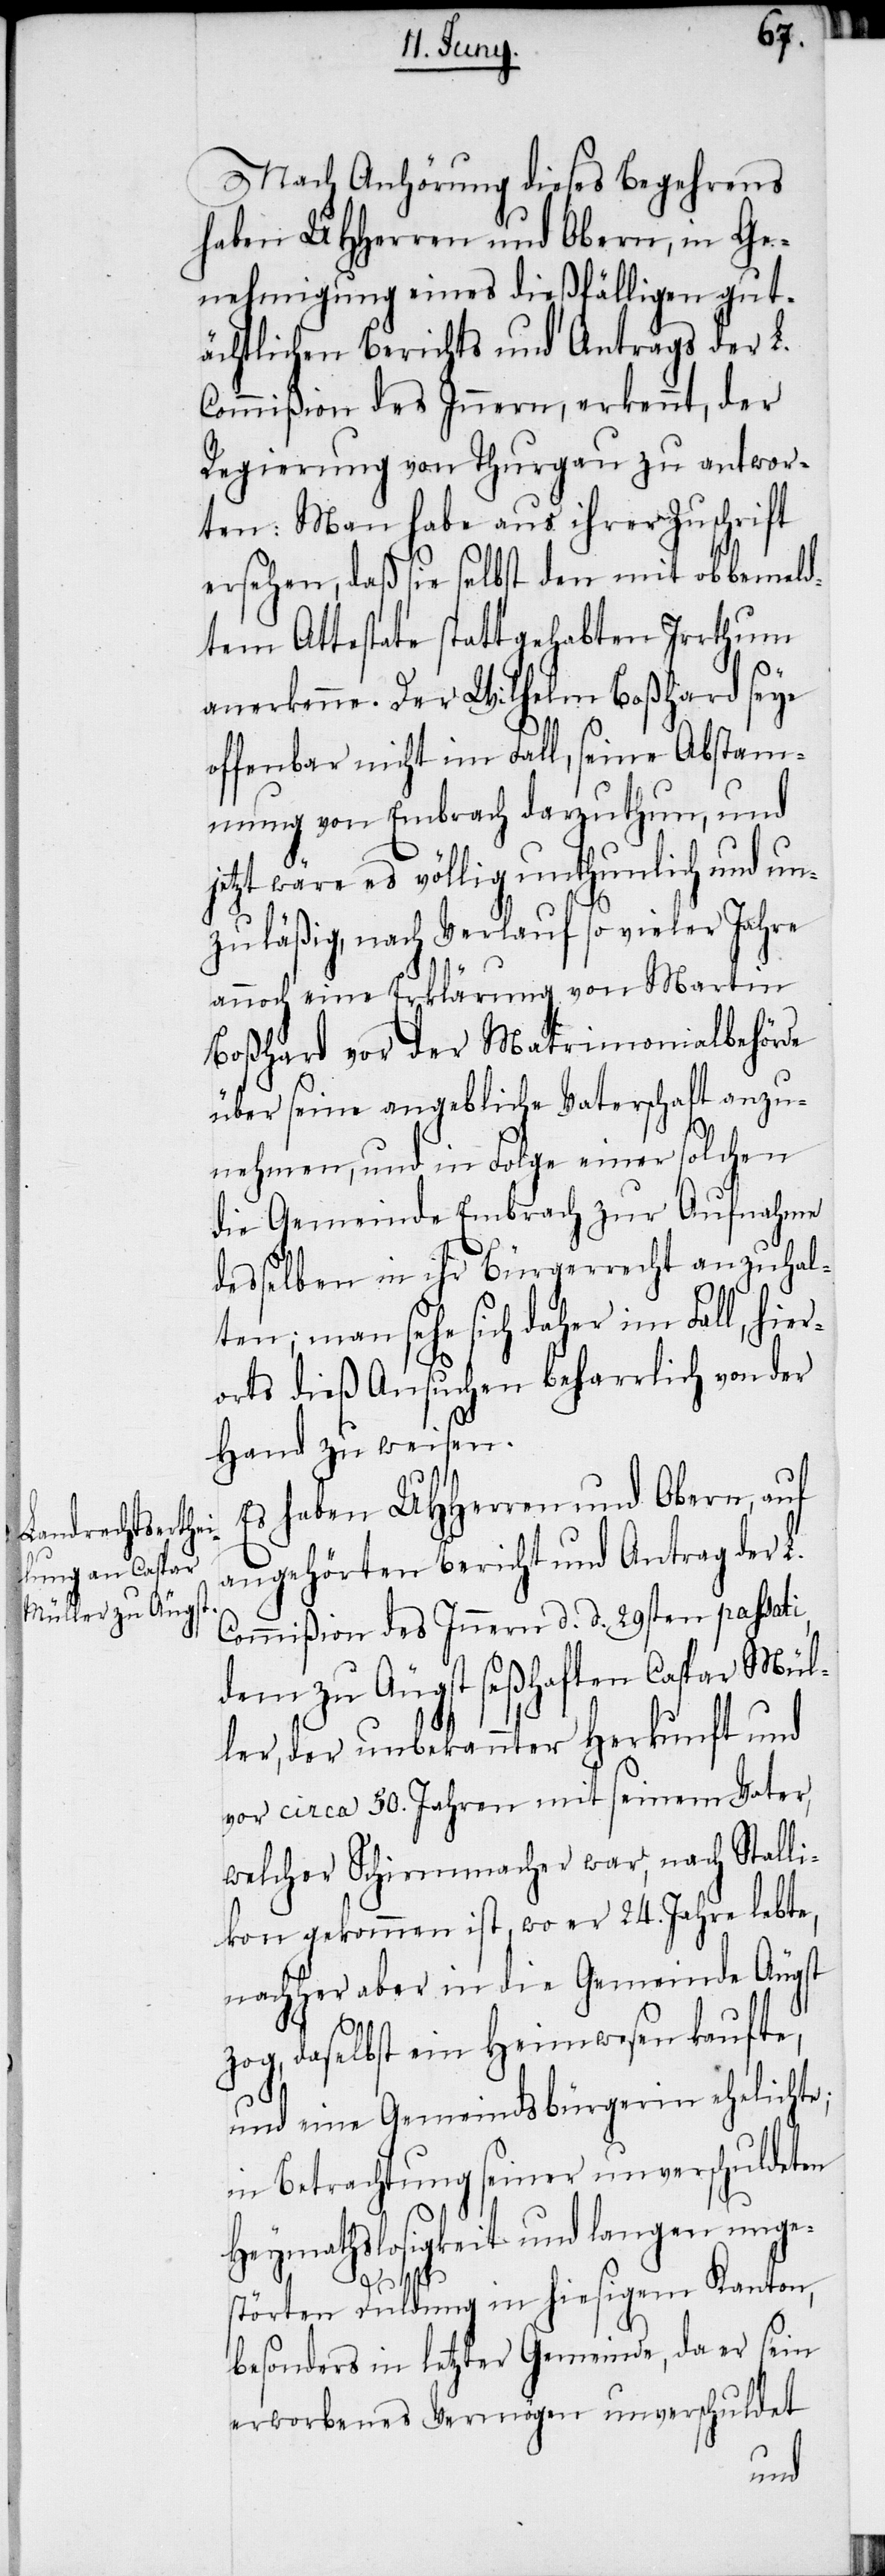
i,
Nach Anhörung dieses Begehrens
haben UHHerren und Obern, in Ge¬
nehmigung eines dießfälligen gut¬
ächtlichen Berichts und Antrags der L.
Commißion des Innern, erkennt, der
Regierung von Thurgau zu antwor¬
ten: Man habe aus ihrer Zuschrift
ersehen, daß sie selbst den mit obbemeld¬
tem Attestate stattgehabten Irrthum
anerkenne. Der Wilhelm Boßhard seye
offenbar nicht im Fall, seine Abstam¬
mung von Embrach darzuthun, und
jetzt wäre es völlig unthunlich und un¬
zuläßig, nach Verlauf so vieler Jahre
annoch eine Erklärung von Martin
Boßhard vor der Matrimonialbehörde
über seine angebliche Vaterschaft anzu¬
nehmen, und in Folge einer solchen
die Gemeinde Embrach zur Aufnahme
desselben in ihr Bürgerrecht anzuhal¬
ten; man sehe sich daher im Fall, hier¬
orts dieß Ansuchen beharrlich von der
Hand zu weisen.
Es haben UHHerren und Obern, auf
angehörten Bericht und Antrag der L.
Commißion des Innern d. d. 29sten passat¬
dem zu Äugst seßhaften Caspar Mül¬
ler, der unbekannter Herkunft und
vor circa 50. Jahren mit seinem Vater,
welcher Schirmmacher war, nach Stalli¬
kon gekommen ist, wo er 24. Jahre lebte,
nachher aber in die Gemeinde Äugst
zog, daselbst ein Heimwesen kaufte,
und eine Gemeindsbürgerin ehelichte;
in Betrachtung seiner unverschuldeten
Heymathslosigkeit und langen unge¬
störten Duldung in hiesigem Kanton,
besonders in letzter Gemeinde, da er sein
erworbenes Vermögen unverschuldet